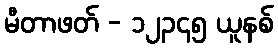
မီတာဖတ် - ၁၂၃၄၅ ယူနစ်